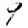
Digit: 9